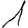
Digit: 1